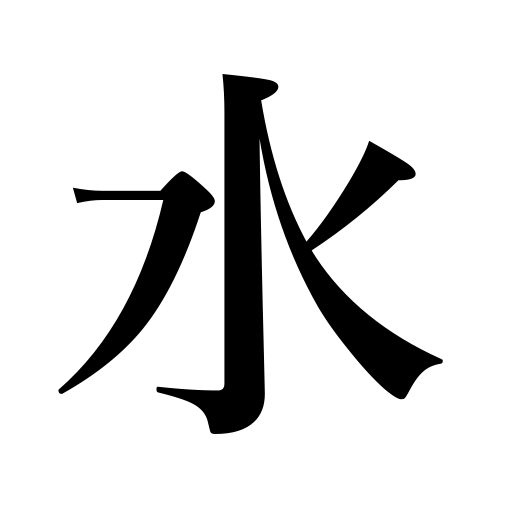
Meanings: Wednesday,ice water,water